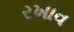
રખાવ